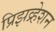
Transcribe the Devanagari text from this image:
प्रिझव्र्हेशन